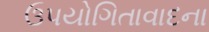
ઉપયોગિતાવાદના